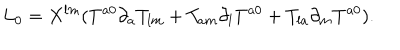
L _ { 0 } = X ^ { l m } ( T ^ { a 0 } \partial _ { a } T _ { l m } + T _ { a m } \partial _ { l } T ^ { a 0 } + T _ { l a } \partial _ { m } T ^ { a 0 } ) .